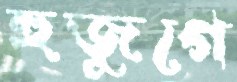
হুজুগে